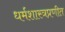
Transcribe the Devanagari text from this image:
धर्मशास्त्रप्रणीत